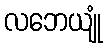
လဘေယျုံ